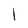
Character: l